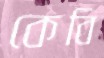
কেবি